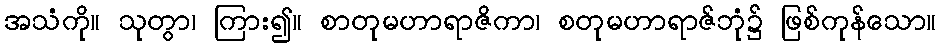
အသံကို။ သုတွာ၊ ကြား၍။ စာတုမဟာရာဇိကာ၊ စတုမဟာရာဇ်ဘုံ၌ ဖြစ်ကုန်သော။